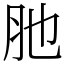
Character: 肔